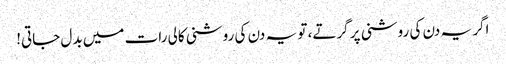
اگر یہ دن کی روشنی پر گرتے، تو یہ دن کی روشنی کالی رات میں بدل جاتی!